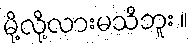
မို့လို့လားမသိဘူး ။